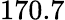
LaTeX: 170.7